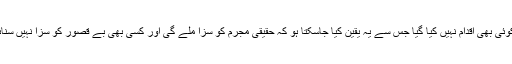
اب تک ایسا کوئی بھی اقدام نہیں کیا گیا جس سے یہ یقین کیا جاسکتا ہو کہ حقیقی مجرم کو سزا ملے گی اور کسی بھی بے قصور کو سزا نہیں سنائی جائے گی۔